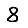
Digit: 8